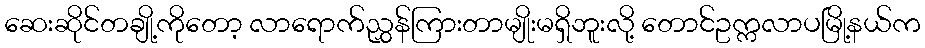
ဆေးဆိုင်တချို့ကိုတော့ လာရောက်ညွှန်ကြားတာမျိုးမရှိဘူးလို့ တောင်ဥက္ကလာပမြို့နယ်က